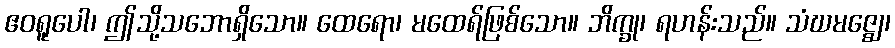
ဧဝရူပေါ၊ ဤသို့သဘောရှိသော။ ထေရော၊ မထေရ်ဖြစ်သော။ ဘိက္ခု၊ ရဟန်းသည်။ သံဃမဇ္ဈေ၊